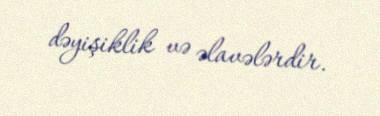
dəyişiklik və əlavələrdir.